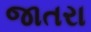
જાતરા